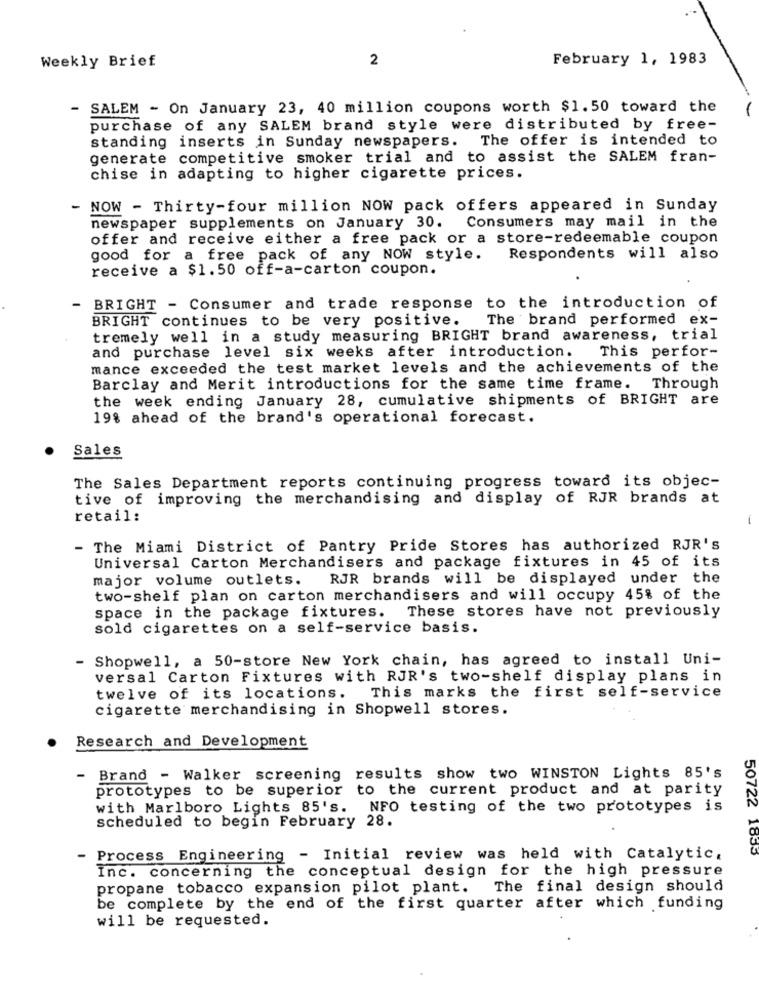
Weekly Brief
2
February 1, 1983
- SALEM - On January 23, 40 million coupons worth $1.50 toward the
purchase of any SALEM brand style were distributed by free-
standing inserts in Sunday newspapers.
The offer is intended to
generate competitive smoker trial and to assist the SALEM fran-
chise in adapting to higher cigarette prices.
- NOW - Thirty-four million NOW pack offers appeared in Sunday
newspaper supplements on January 30.
Consumers may mail in the
offer and receive either a free pack or a store-redeemable coupon
good for a free pack of any NOW style.
Respondents will also
receive a $1.50 off-a-carton coupon.
BRIGHT - Consumer and trade response to the introduction of
BRIGHT continues to be very positive.
The brand performed ex-
tremely well in a study measuring BRIGHT brand awareness, trial
and purchase level six weeks after introduction.
This perfor-
mance exceeded the test market levels and the achievements of the
Barclay and Merit introductions for the same time frame. Through
the week ending January 28, cumulative shipments of BRIGHT are
19% ahead of the brand's operational forecast.
Sales
The Sales Department reports continuing progress toward its objec-
tive of improving the merchandising and display of RJR brands at
retail:
- The Miami District of Pantry Pride Stores has authorized RJR's
Universal Carton Merchandisers and package fixtures in 45 of its
major volume outlets.
RJR brands will be displayed under the
two-shelf plan on carton merchandisers and will occupy 45% of the
space in the package fixtures. These stores have not previously
sold cigarettes on a self-service basis.
- Shopwell, a 50-store New York chain, has agreed to install Uni-
versal Carton Fixtures with RJR's two-shelf display plans in
twelve of its locations. This marks the first self-service
cigarette merchandising in Shopwell stores.
Research and Development
- Brand - Walker screening results show two WINSTON Lights 85's
prototypes to be superior to the current product and at parity
with Marlboro Lights 85's. NFO testing of the two prototypes is
scheduled to begin February 28.
50722 1855
Process Engineering - Initial review was held with Catalytic.
Inc. concerning the conceptual design for the high pressure
propane tobacco expansion pilot plant. The final design should
be complete by the end of the first quarter after which funding
will be requested.